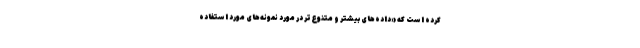
کرده است که «داده‌های بیشتر و متنوع‌تر در مورد نمونه‌های مورد استفاده